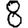
Digit: 8